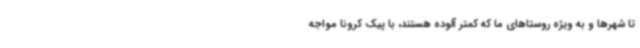
تا شهرها و به ویژه روستاهای ما که کمتر آلوده هستند، با پیک کرونا مواجه